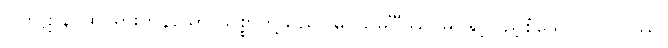
ပါကဋာနိ၊ ထင်ရှားကုန်သော သစ္စာတို့သည်။ မဂ္ဂသမင်္ဂီဿ၊ မဂ်နှင့်ပြည့်စုံသော။ ပုဂ္ဂလဿ၊